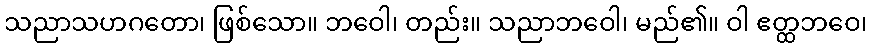
သညာသဟဂတော၊ ဖြစ်သော။ ဘဝေါ၊ တည်း။ သညာဘဝေါ၊ မည်၏။ ဝါ ဧတ္ထဘဝေ၊